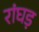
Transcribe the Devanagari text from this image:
रांघड़